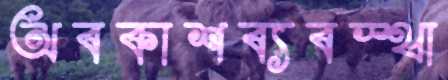
অবকাশব্যবস্থা